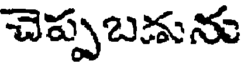
చెప్పబడును